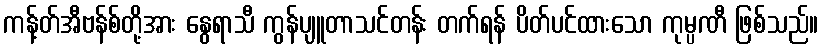
ကန့်တ်အီဗန်စ်တို့အား နွေရာသီ ကွန်ပျူတာသင်တန်း တက်ရန် ပိတ်ပင်ထားသော ကုမ္ပဏီ ဖြစ်သည်။